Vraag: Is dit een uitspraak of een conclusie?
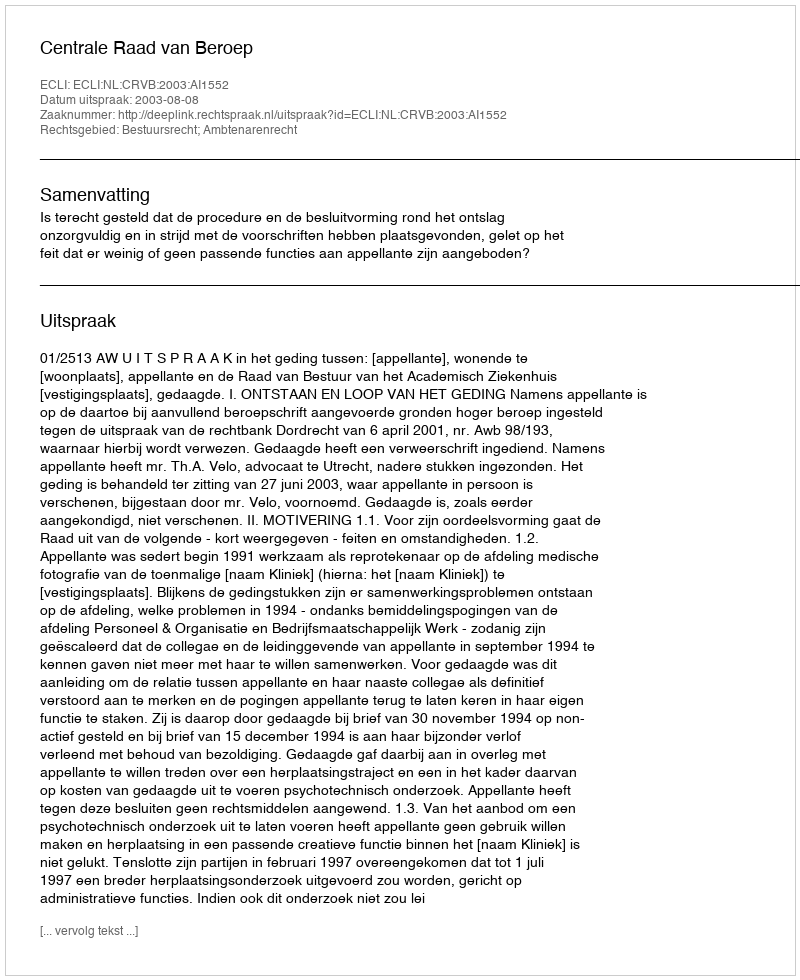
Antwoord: Uitspraak